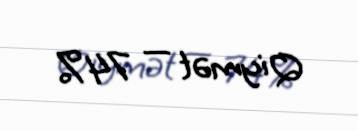
Qiymət — 74%